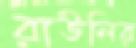
রাউলির